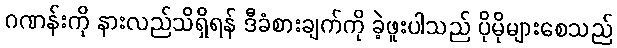
ဂဏန်းကို နားလည်သိရှိရန် ဒီခံစားချက်ကို ခဲ့ဖူးပါသည် ပိုမိုများစေသည်